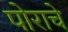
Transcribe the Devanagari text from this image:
पोराचे